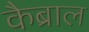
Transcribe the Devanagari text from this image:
कैब्राल